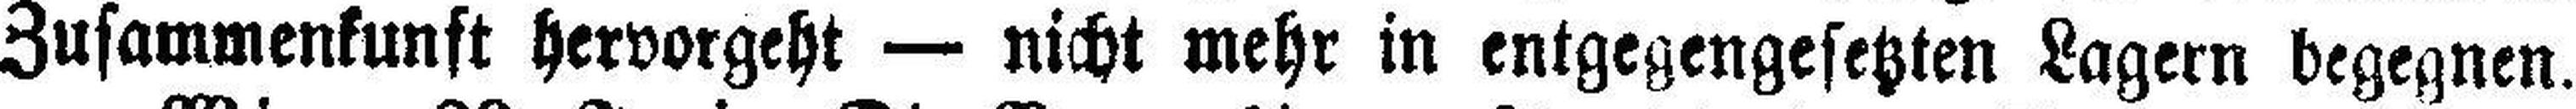
Zusammenkunft hervorgeht — nicht mehr in entgegengesetzten Lagern begegnen,